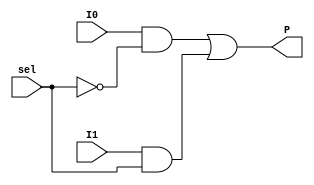
`timescale 1ns / 1ps
//////////////////////////////////////////////////////////////////////////////////
// Company: 
// Engineer: 
// 
// Design Name: 
// Module Name: MP
// Project Name: 
// Target Devices: 
// Tool Versions: 
// Description: 
// 
// Dependencies: 
// 
// Revision:
// Revision 0.01 - File Created
// Additional Comments:
// 
//////////////////////////////////////////////////////////////////////////////////


module MP(
    input sel,
    input I0,
    input I1,
    output P
    );
    
    assign P =  (I0&(~sel))|(I1&sel);
endmodule